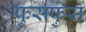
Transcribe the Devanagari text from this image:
फुसफुस